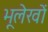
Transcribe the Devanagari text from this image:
भूलेखों